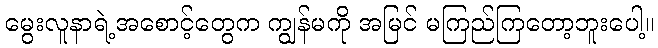
မွေးလူနာရဲ့အစောင့်တွေက ကျွန်မကို အမြင် မကြည်ကြတော့ဘူးပေါ့။